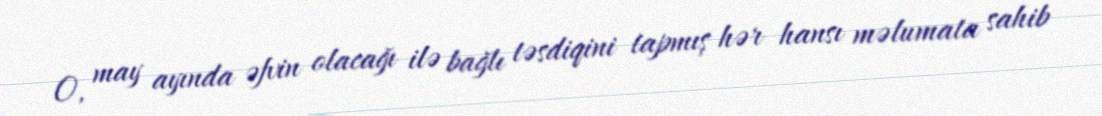
O, may ayında əfvin olacağı ilə bağlı təsdiqini tapmış hər hansı məlumata sahib